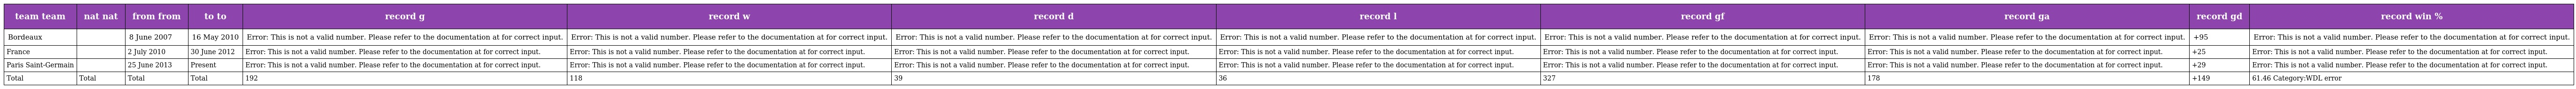
| team team | nat nat | from from | to to | record g | record w | record d | record l | record gf | record ga | record gd | record win % |
 | --- | --- | --- | --- | --- | --- | --- | --- | --- | --- | --- | --- |
 | Bordeaux |  | 8 June 2007 | 16 May 2010 | Error: This is not a valid number. Please refer to the documentation at for correct input. | Error: This is not a valid number. Please refer to the documentation at for correct input. | Error: This is not a valid number. Please refer to the documentation at for correct input. | Error: This is not a valid number. Please refer to the documentation at for correct input. | Error: This is not a valid number. Please refer to the documentation at for correct input. | Error: This is not a valid number. Please refer to the documentation at for correct input. | +95 | Error: This is not a valid number. Please refer to the documentation at for correct input. |
 | France |  | 2 July 2010 | 30 June 2012 | Error: This is not a valid number. Please refer to the documentation at for correct input. | Error: This is not a valid number. Please refer to the documentation at for correct input. | Error: This is not a valid number. Please refer to the documentation at for correct input. | Error: This is not a valid number. Please refer to the documentation at for correct input. | Error: This is not a valid number. Please refer to the documentation at for correct input. | Error: This is not a valid number. Please refer to the documentation at for correct input. | +25 | Error: This is not a valid number. Please refer to the documentation at for correct input. |
 | Paris Saint-Germain |  | 25 June 2013 | Present | Error: This is not a valid number. Please refer to the documentation at for correct input. | Error: This is not a valid number. Please refer to the documentation at for correct input. | Error: This is not a valid number. Please refer to the documentation at for correct input. | Error: This is not a valid number. Please refer to the documentation at for correct input. | Error: This is not a valid number. Please refer to the documentation at for correct input. | Error: This is not a valid number. Please refer to the documentation at for correct input. | +29 | Error: This is not a valid number. Please refer to the documentation at for correct input. |
 | Total | Total | Total | Total | 192 | 118 | 39 | 36 | 327 | 178 | +149 | 61.46 Category:WDL error |